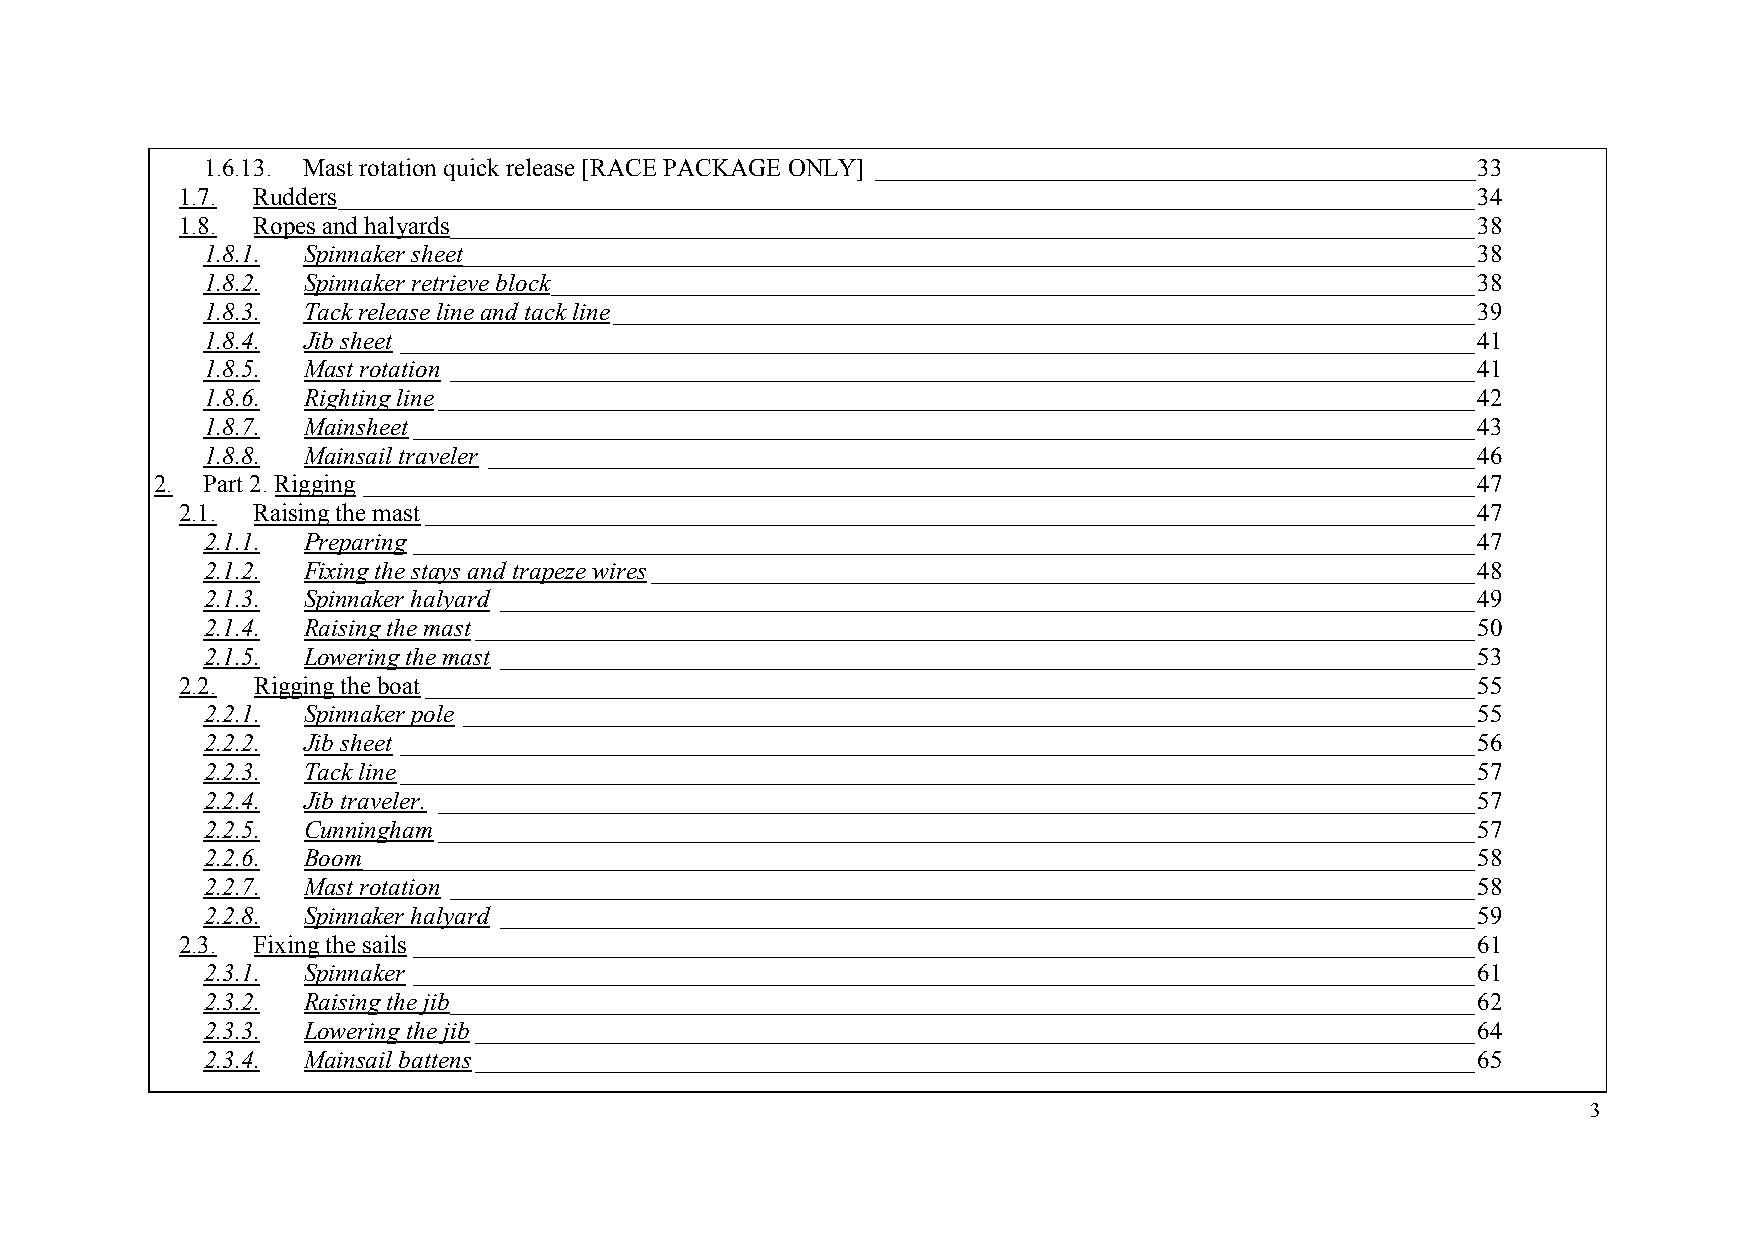
1.6.13. Mast rotation quick release [RACE PACKAGE ONLY] ________________________________________________33
 1.7. Rudders___________________________________________________________________________________________34
 1.8. Ropes and halyards__________________________________________________________________________________38
 1.8.1. Spinnaker sheet_________________________________________________________________________________38
 1.8.2. Spinnaker retrieve block__________________________________________________________________________38
 1.8.3. Tack release line and tack line_____________________________________________________________________39
 1.8.4. Jib sheet ______________________________________________________________________________________41
 1.8.5. Mast rotation __________________________________________________________________________________41
 1.8.6. Righting line___________________________________________________________________________________42
 1.8.7. Mainsheet_____________________________________________________________________________________43
 1.8.8. Mainsail traveler _______________________________________________________________________________46
 2. Part 2. Rigging _________________________________________________________________________________________47
 2.1. Raising the mast____________________________________________________________________________________47
 2.1.1. Preparing_____________________________________________________________________________________47
 2.1.2. Fixing the stays and trapeze wires__________________________________________________________________48
 2.1.3. Spinnaker halyard ______________________________________________________________________________49
 2.1.4. Raising the mast________________________________________________________________________________50
 2.1.5. Lowering the mast ______________________________________________________________________________53
 2.2. Rigging the boat____________________________________________________________________________________55
 2.2.1. Spinnaker pole _________________________________________________________________________________55
 2.2.2. Jib sheet ______________________________________________________________________________________56
 2.2.3. Tack line______________________________________________________________________________________57
 2.2.4. Jib traveler. ___________________________________________________________________________________57
 2.2.5. Cunningham___________________________________________________________________________________57
 2.2.6. Boom_________________________________________________________________________________________58
 2.2.7. Mast rotation __________________________________________________________________________________58
 2.2.8. Spinnaker halyard ______________________________________________________________________________59
 2.3. Fixing the sails _____________________________________________________________________________________61
 2.3.1. Spinnaker _____________________________________________________________________________________61
 2.3.2. Raising the jib__________________________________________________________________________________62
 2.3.3. Lowering the jib________________________________________________________________________________64
 2.3.4. Mainsail battens________________________________________________________________________________65
 3